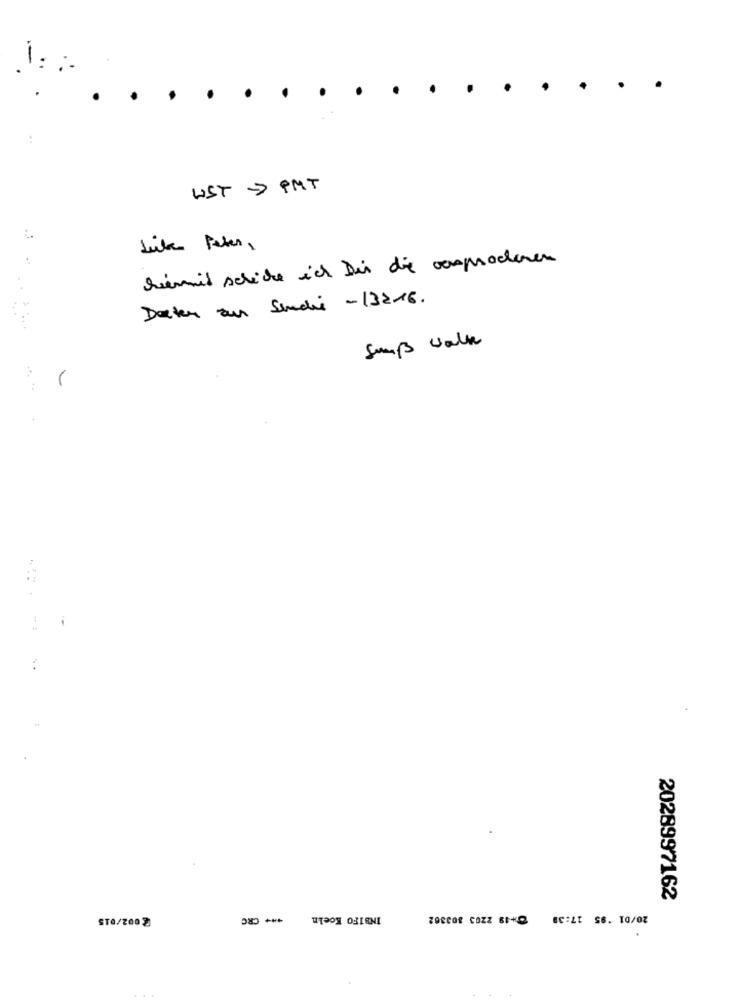
1: .
UST > PMT
Like Peter,
hiermit schicke ich Dir die comproderen
Deter zur Sindhi -13216.
Sump walk
2028997162
*** CRC
INBIFO Koeln
STO/2002